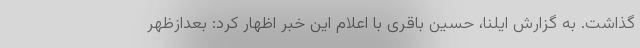
گذاشت. به گزارش ایلنا، حسین باقری با اعلام این خبر اظهار کرد: بعدازظهر